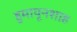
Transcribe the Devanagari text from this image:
हुमायूनशाह